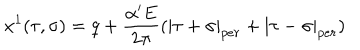
x ^ { 1 } ( \tau , \sigma ) = q + \frac { \alpha ^ { \prime } E } { 2 \pi } ( | \tau + \sigma | _ { p e r } + | \tau - \sigma | _ { p e r } )